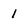
Character: 1